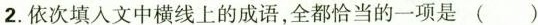
2.依次填人文中横线上的成语，全都恰当的一项是( )